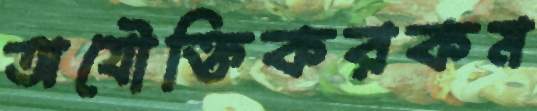
অযৌক্তিকরকম